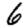
Digit: 6